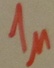
Text: 1µ